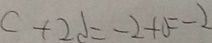
c + 2 d = - 2 + 0 = - 2